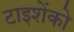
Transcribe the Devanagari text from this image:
टाइशेंको